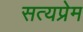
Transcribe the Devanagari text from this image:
सत्यप्रेम